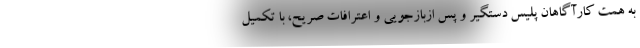
به همت کارآگاهان پلیس دستگیر و پس ازبازجویی و اعترافات صریح، با تکمیل